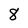
Character: 8